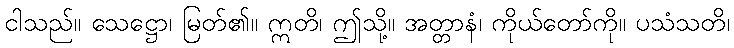
ငါသည်။ သေဋ္ဌော၊ မြတ်၏။ ဣတိ၊ ဤသို့။ အတ္တာနံ၊ ကိုယ်တော်ကို။ ပသံသတိ၊